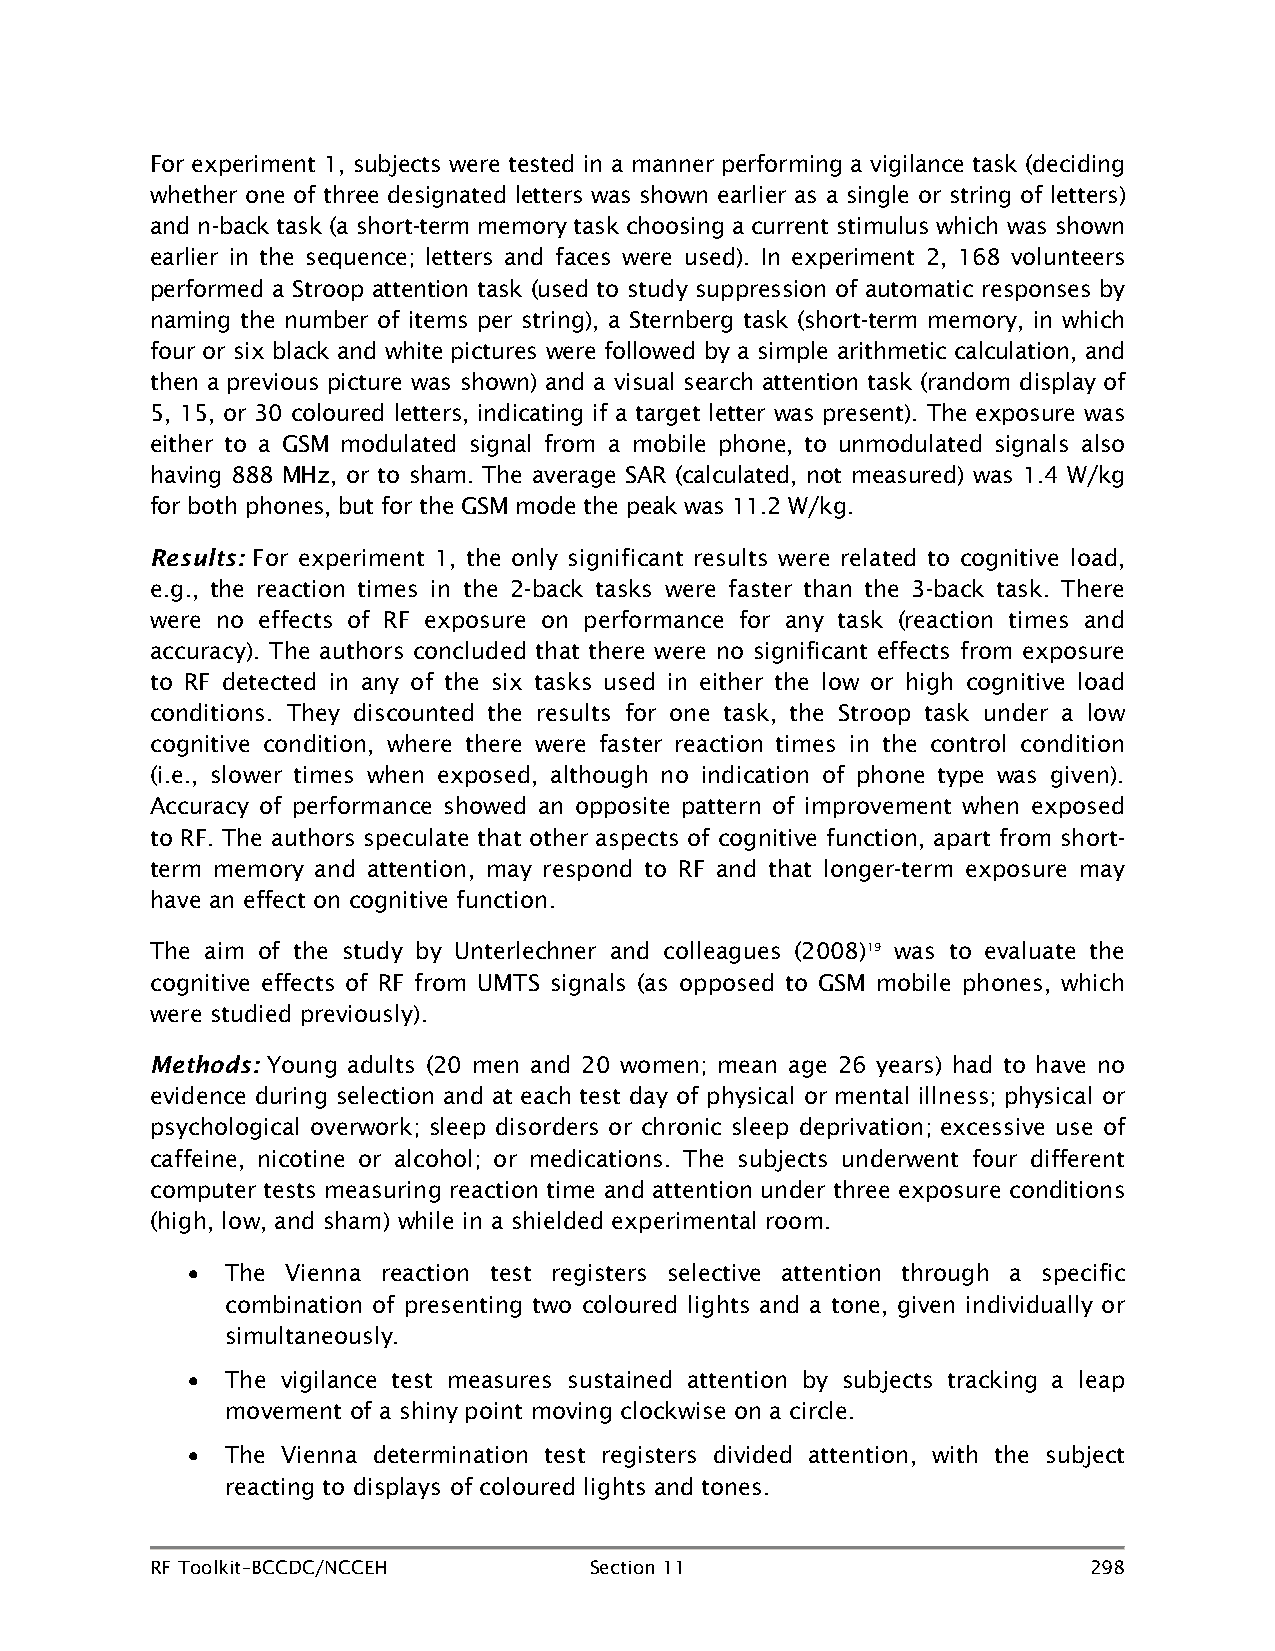
For experiment 1, subjects were tested in a manner performing a vigilance task (deciding
 whether one of three designated letters was shown earlier as a single or string of letters)
 and n-back task (a short-term memory task choosing a current stimulus which was shown
 earlier in the sequence; letters and faces were used). In experiment 2, 168 volunteers
 performed a Stroop attention task (used to study suppression of automatic responses by
 naming the number of items per string), a Sternberg task (short-term memory, in which
 four or six black and white pictures were followed by a simple arithmetic calculation, and
 then a previous picture was shown) and a visual search attention task (random display of
 5, 15, or 30 coloured letters, indicating if a target letter was present). The exposure was
 either to a GSM modulated signal from a mobile phone, to unmodulated signals also
 having 888 MHz, or to sham. The average SAR (calculated, not measured) was 1.4 W/kg
 for both phones, but for the GSM mode the peak was 11.2 W/kg.
 Results: For experiment 1, the only significant results were related to cognitive load,
 e.g., the reaction times in the 2-back tasks were faster than the 3-back task. There
 were no effects of RF exposure on performance for any task (reaction times and
 accuracy). The authors concluded that there were no significant effects from exposure
 to RF detected in any of the six tasks used in either the low or high cognitive load
 conditions. They discounted the results for one task, the Stroop task under a low
 cognitive condition, where there were faster reaction times in the control condition
 (i.e., slower times when exposed, although no indication of phone type was given).
 Accuracy of performance showed an opposite pattern of improvement when exposed
 to RF. The authors speculate that other aspects of cognitive function, apart from short-
 term memory and attention, may respond to RF and that longer-term exposure may
 have an effect on cognitive function.
 The aim of the study by Unterlechner and colleagues (2008)19 was to evaluate the
 cognitive effects of RF from UMTS signals (as opposed to GSM mobile phones, which
 were studied previously).
 Methods: Young adults (20 men and 20 women; mean age 26 years) had to have no
 evidence during selection and at each test day of physical or mental illness; physical or
 psychological overwork; sleep disorders or chronic sleep deprivation; excessive use of
 caffeine, nicotine or alcohol; or medications. The subjects underwent four different
 computer tests measuring reaction time and attention under three exposure conditions
 (high, low, and sham) while in a shielded experimental room.
 •  The Vienna reaction test registers selective attention through a specific
 combination of presenting two coloured lights and a tone, given individually or
 simultaneously.
 •  The vigilance test measures sustained attention by subjects tracking a leap
 movement of a shiny point moving clockwise on a circle.
 •  The Vienna determination test registers divided attention, with the subject
 reacting to displays of coloured lights and tones.
 RF Toolkit–BCCDC/NCCEH       Section 11                       298